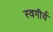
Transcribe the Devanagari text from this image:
स्वगीर्य